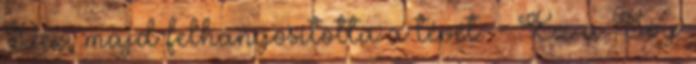
Dex, majd felhangosította a tévét. - Ez a Soy